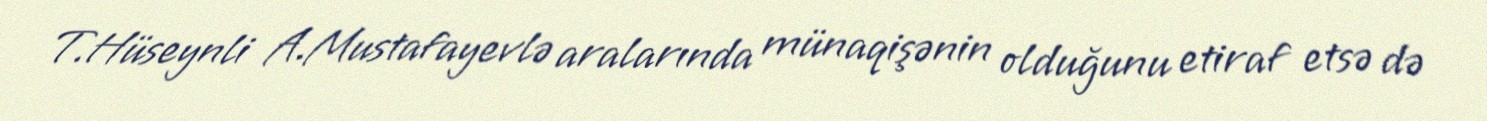
T.Hüseynli A.Mustafayevlə aralarında münaqişənin olduğunu etiraf etsə də